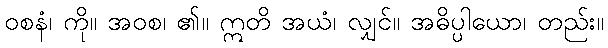
ဝစနံ၊ ကို။ အဝစ၊ ၏။ ဣတိ အယံ၊ လျှင်။ အဓိပ္ပါယော၊ တည်း။